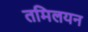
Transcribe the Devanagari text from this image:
तमिलयन